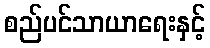
စည်ပင်သာယာရေးနှင့်